Vaccination in Bombay 1856-1862 - 1856-1862
Year: 1856
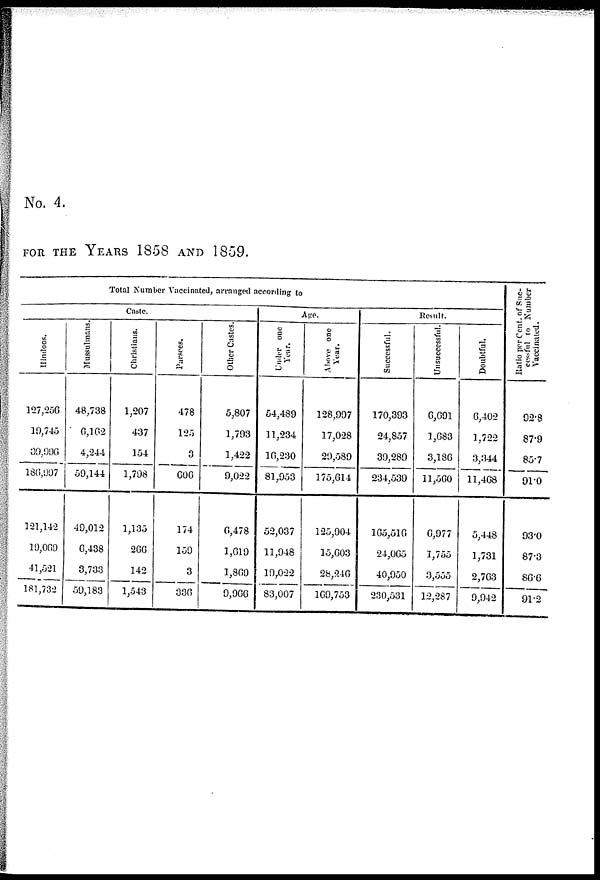
No. 4.
FOR THE YEARS 1858 AND 1859.
Total Number Vaccinated, arranged according to
Caste.
Hindoos.
127,256
10,745
39,996
186,997
121,142
19,069
41,521
181,732
Mussulmans.
48,738
6,162
4,244
59,144
49,012
6,438
3,733
59,183
Christians.
1,207
437
154
1,798
1,135
266
142
1,543
Parsees.
478
125
3
606
174
159
3
336
Other Castes.
5,807
1,793
1,422
9,022
6,478
1,619
1,869
9,966
Age.
Under one
Year.
54,489
11,234
16,230
81,953
52,037
11,948
19,022
83,007
Above one
Year.
128,997
17,028
29,589
175,614
125,904
15,603
28,240
169,753
Result.
Successful.
170,393
24,857
30,280
234,539
165,516
24,065
40,950
230,531
Unsuccessful.
6,691
1,683
3,186
11,560
6,977
1,755
3,555
12,287
Doubtful.
6,402
1,722
3,344
11,468
5,448
1,731
2,763
9,942
Rtatio ppr Cent, of Suc-
cessful to Number
Vaccinated.
92.8
87.9
85.7
91.0
93.0
87.3
86.6
91.2